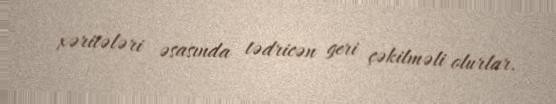
xəritələri əsasında tədricən geri çəkilməli olurlar.